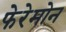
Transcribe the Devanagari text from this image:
फेरेमोन